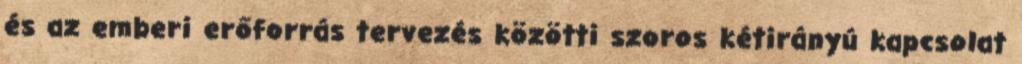
és az emberi erőforrás tervezés közötti szoros kétirányú kapcsolat